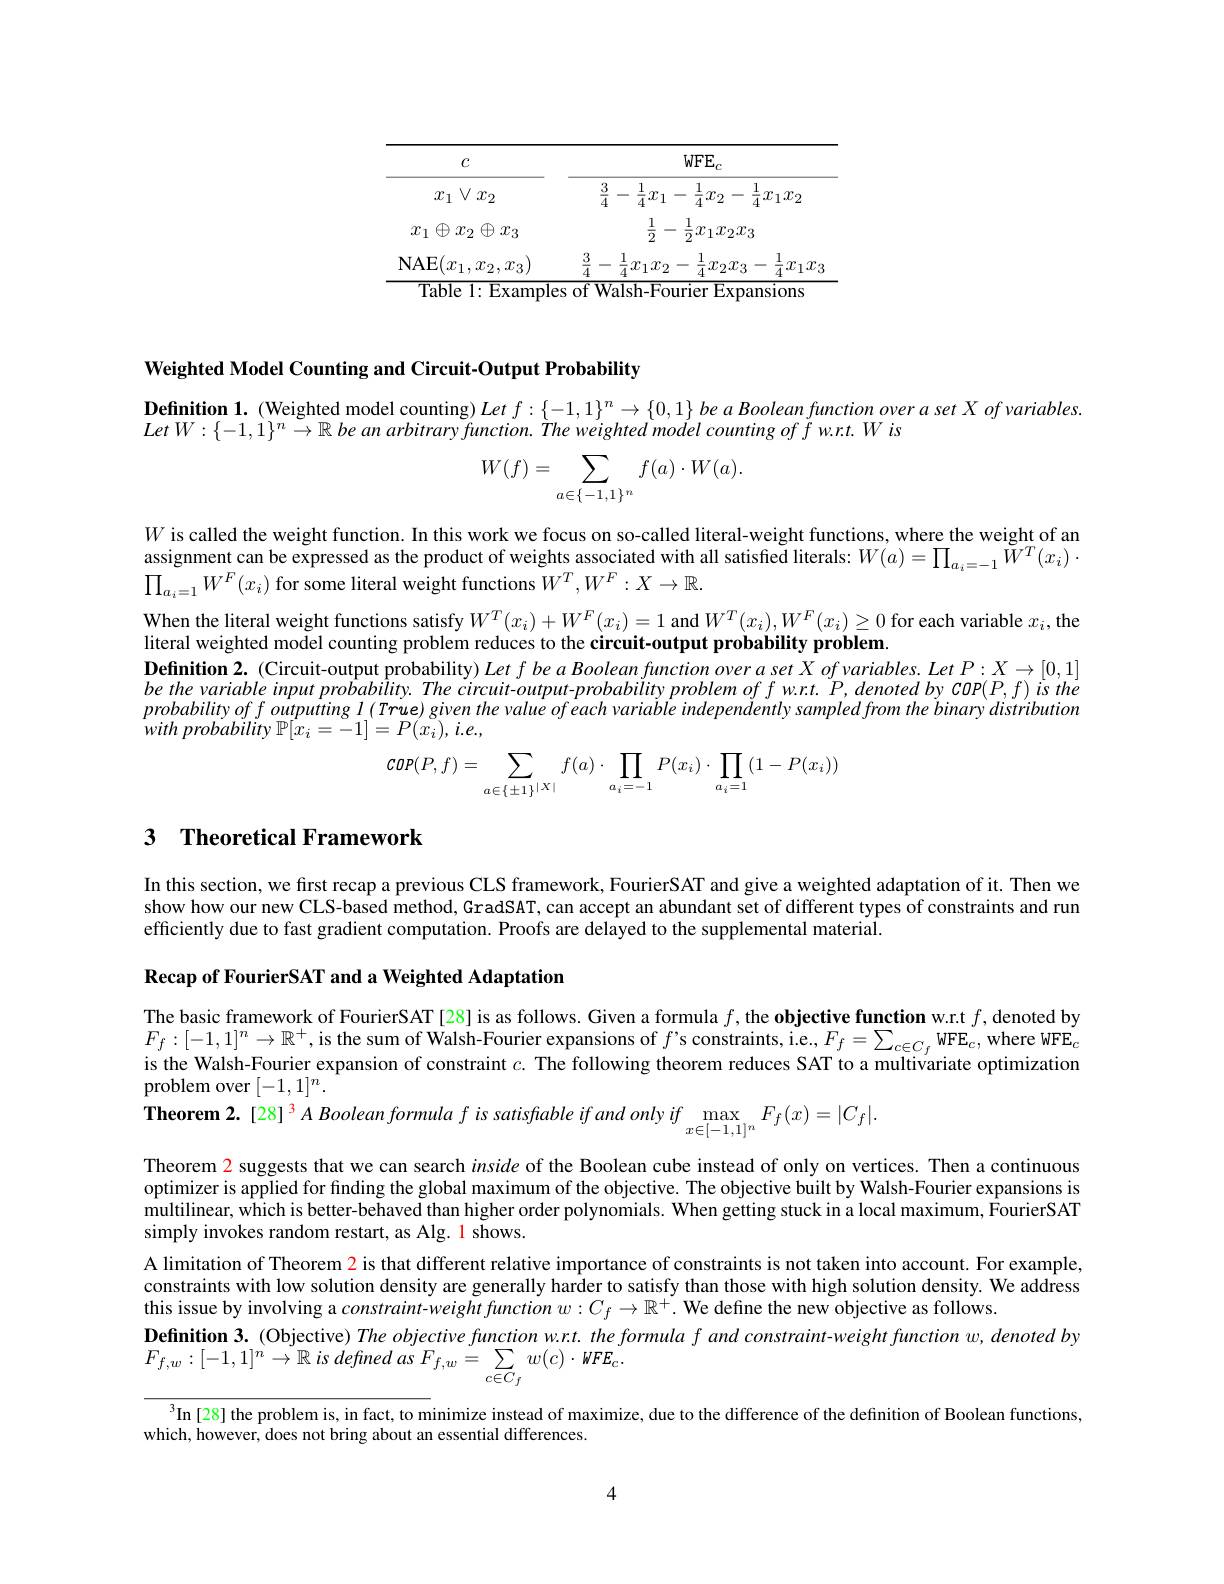
<FigureHere>

Weighted Model Counting and Circuit-Output Probability

$\textbf{Definition 1. ( Weighted model counting) Let }f: \{ - 1, 1\} ^{n}\to \{ 0, 1\}$ be a Boolean function over a set $X\textit{ of variables. }$

$LetW:\{-1,1\}^{n}\to\mathbb{R}$ be an arbitrary function. The weighted model counting of f w.r.t. W is
$$W(f)=\sum_{a\in\{-1,1\}^n}f(a)\cdot W(a).$$
$W$ is called the weight function. In this work we focus on so-called literal-weight functions, where the weight of an assignment can be expressed as the product of weights associated with all satisfied literals: $W(a)=\prod_{a_i=-1}\tilde{W}^{T}(x_i)\cdot$ $\prod_{a_i=1}W^F(x_i)$ for some literal weight functions $W^T,W^F:X\to\mathbb{R}.$

When the literal weight functions satisfy $W^T(x_i)+W^F(x_i)=1$ and $W^T(x_i),W^F(x_i)\geq0$ for each variable $x_i$, the
literal weighted model counting problem reduces to the circuit-output probability problem.
Definition 2. (Circuit-output probability) Let $f\textit{be a Boolean function over a set X of variables. Let P: X}\to [ 0, 1]$ be the variable input probability. The circuit-output-probability problem of f w.rt. $P,denoted$ by COP$(P,f)$ is the probabilityoffoutpuiting $l$ $( True)$ given the value $of$ each variable independently sampled from the binary distribution with probability $\mathbb{P} [ x_{i}= - 1] = P( x_{i}^{\circ }) , i. e. $,
$$\begin{aligned}COP(P,f)=\sum_{a\in\{\pm1\}^{|X|}}f(a)\cdot\prod_{a_i=-1}P(x_i)\cdot\prod_{a_i=1}(1-P(x_i))\end{aligned}$$
## 3 $\textbf{Theoretical Framework}$

In this section, we first recap a previous CLS framework, FourierSAT and give a weighted adaptation of it. Then we show how our new CLS-based method, GradSAT, can accept an abundant set of different types of constraints and run efficiently due to fast gradient computation. Proofs are delayed to the supplemental material.

Recap of FourierSAT and a Weighted Adaptation

The basic framework of FourierSAT[28] is as follows. Given a formula $f$,the objective function w.r.t $f$,denoted by $F_f:[-1,1]^n\to\mathbb{R}^+$,is the sum of Walsh-Fourier expansions of $f’$s constraints, i.e.$F_f=\sum_{c\in C_f}$ WFE$_c$, where WFE$_c$ is the Walsh-Fourier expansion of constraint $c.$ The following theorem reduces SAT to a multivariate optimization problem over $[-1,1]^n.$

$\mathbf{Theorem~2. ~[ 28] }^{3}ABooleanformula$ $f$ $is$ satisfable $if$ and only $if$ $\max _{x\in [ - 1, 1] ^{n}}F_{f}( x) = | C_{f}| .$

Theorem 2 suggests that we can search inside of the Boolean cube instead of only on vertices. Then a continuous optimizer is applied for finding the global maximum of the objective. The objective built by Walsh-Fourier expansions is multilinear, which is better-behaved than higher order polynomials. When getting stuck in a local maximum, FourierSAT simply invokes random restart, as Alg. 1 shows.
A limitation of Theorem $\color{red}{2}$ is that different relative importance of constraints is not taken into account. For example, constraints with low solution density are generally harder to satisfy than those with high solution density. We address this issue by involving a constraint-weight function $w:C_f\to\mathbb{R^+}.$ We define the new objective as follows.
$\textbf{Definition 3.  ( Objective)  The objective function w. r. t.  the formula f and constraint- weight function w,  denoted by}$
$F_{f, w}: [ - 1, 1] ^{n}\to \mathbb{R}$ $is$ defined $as$ $F_{f, w}= \sum _{c\in C_{f}}w( c) \cdot WFE_{c}.$

$^3$In[28] the problem is, in fact, to minimize instead of maximize, due to the difference of the definition of Boolean functions,

which, however, does not bring about an essential differences.

4